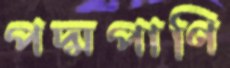
পদ্মপাণি